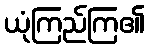
ယုံကြည်ကြ၏